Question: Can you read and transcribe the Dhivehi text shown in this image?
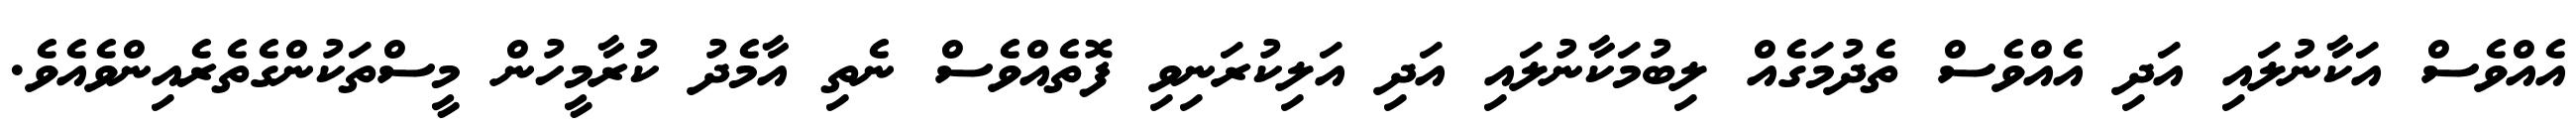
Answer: އެއްވެސް އަކާނުލައި އަދި އެއްވެސް ތެދުމަގެއް ލިބުމަކާނުލައި އަދި އަލިކުރަނިވި ފޮތެއްވެސް ނެތި އާމެދު ކުރާމީހުން މީސްތަކުންގެތެރެއިންވެއެވެ.